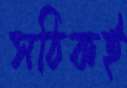
সঠিকই